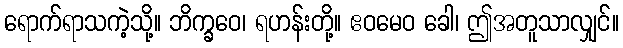
ရောက်ရာသကဲ့သို့။ ဘိက္ခဝေ၊ ရဟန်းတို့။ ဧဝမေဝ ခေါ၊ ဤအတူသာလျှင်။